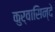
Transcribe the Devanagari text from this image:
कुर्वासिन्दे